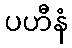
ပဟီနံ